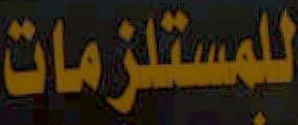
للمستلزمات